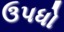
ઉપધો